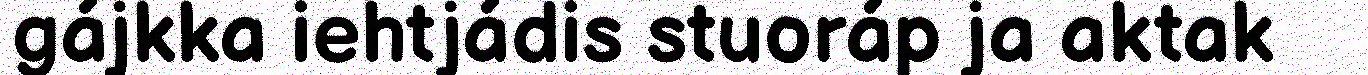
gájkka iehtjádis stuoráp ja aktak